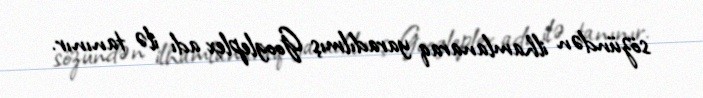
sözündən ilhamlanaraq yaradılmış Googleplex adı ilə tanınır.